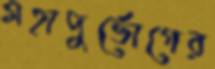
মহাদুর্ভোগের